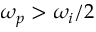
\omega _ { p } > \omega _ { i } / 2